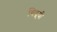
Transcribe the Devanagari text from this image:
चिद्रूपी